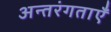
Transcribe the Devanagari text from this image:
अन्तरंगताएँ